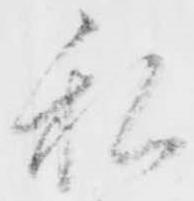
私